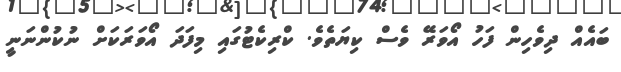
ބައެއް ދިވެހިން ފަހު އޯވަރޭ ވެސް ކިޔަތެވެ. ކްރިކެޓުގައި މިފަދަ އޯވަރަކަށް ނުކުންނަނީ